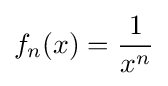
f_{n}(x)={\frac {1}{x^{n}}}